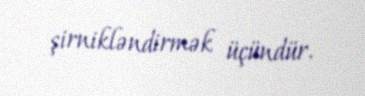
şirnikləndirmək üçündür.